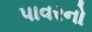
પાવરનો